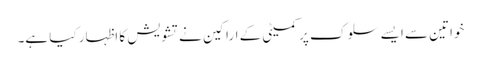
خواتین سے ایسے سلوک پر کمیٹی کے اراکین نے تشویش کا اظہار کیا ہے۔